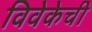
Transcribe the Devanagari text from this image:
विवेकेची